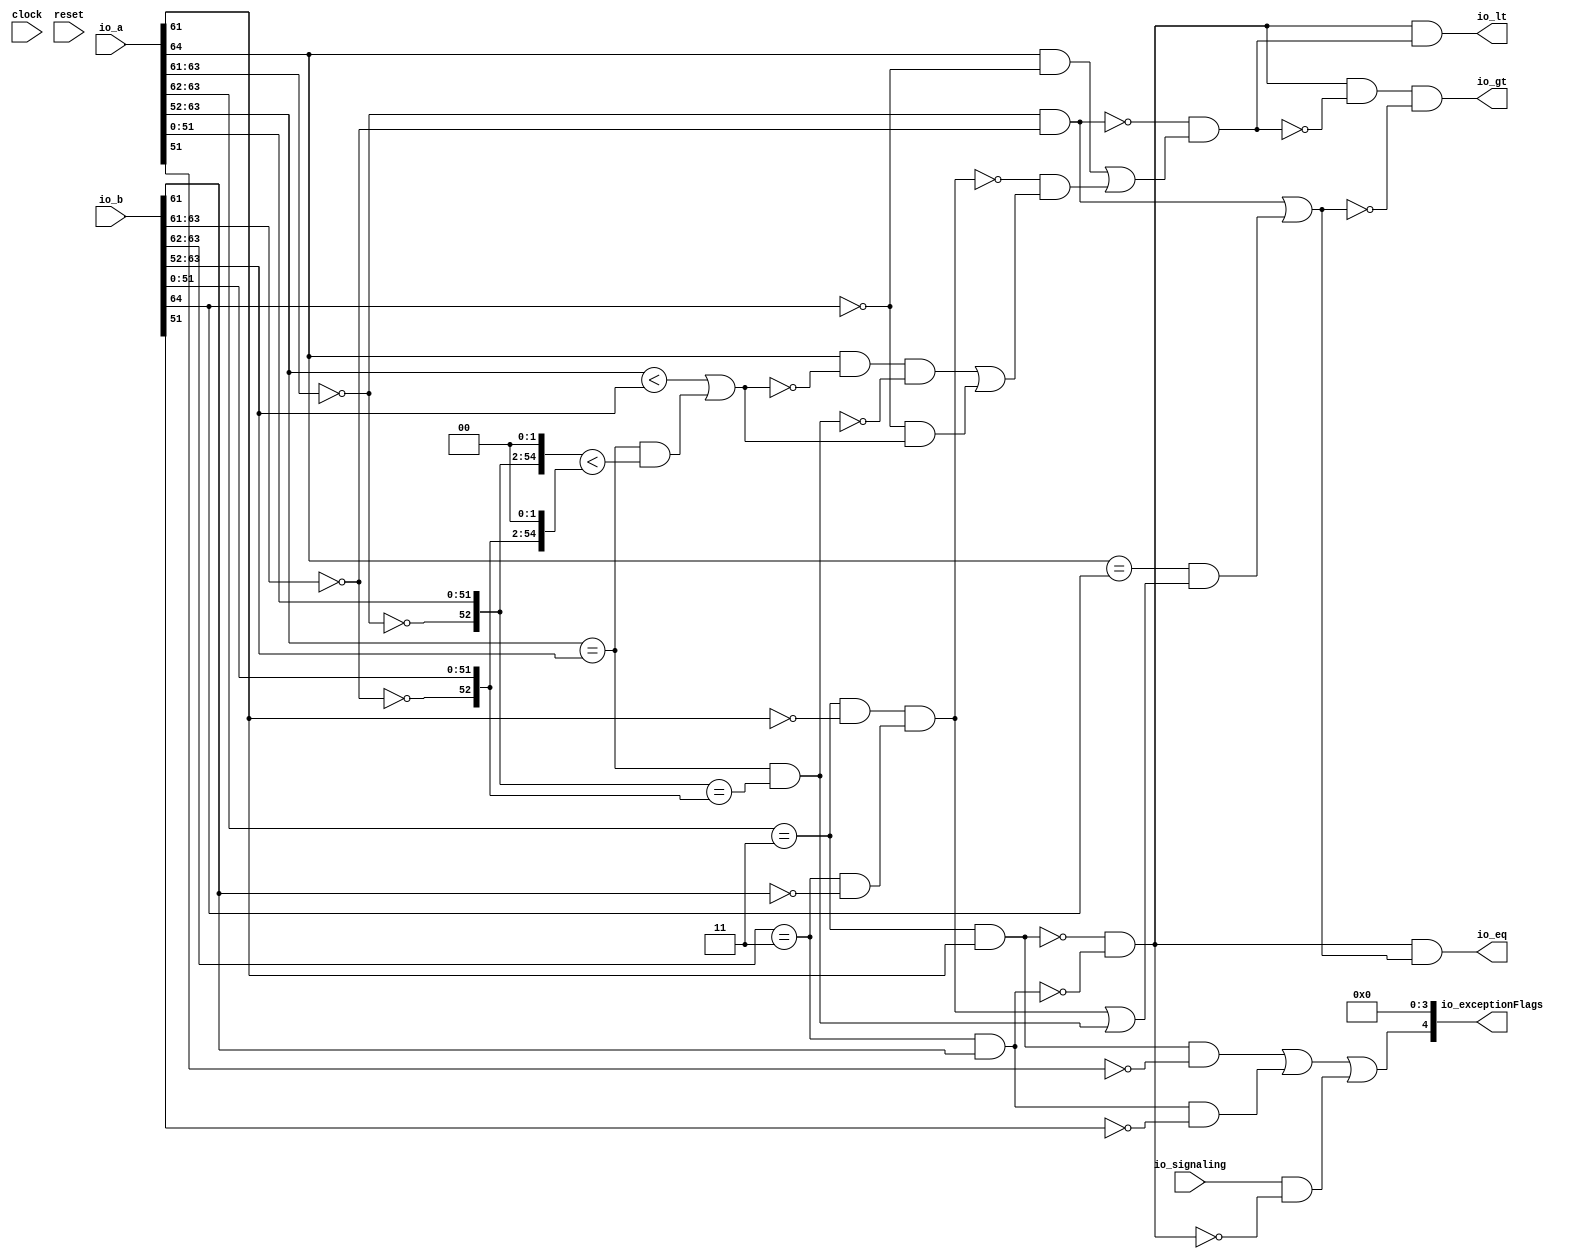
module CompareRecFN(
  input   clock,
  input   reset,
  input  [64:0] io_a,
  input  [64:0] io_b,
  input   io_signaling,
  output  io_lt,
  output  io_eq,
  output  io_gt,
  output [4:0] io_exceptionFlags
);
  wire [11:0] _T_16;
  wire [2:0] _T_17;
  wire  _T_19;
  wire [1:0] _T_20;
  wire  _T_22;
  wire  rawA_sign;
  wire  rawA_isNaN;
  wire  rawA_isInf;
  wire  rawA_isZero;
  wire [12:0] rawA_sExp;
  wire [55:0] rawA_sig;
  wire  _T_36;
  wire  _T_37;
  wire  _T_38;
  wire  _T_41;
  wire  _T_42;
  wire [12:0] _T_43;
  wire  _T_46;
  wire [51:0] _T_47;
  wire [53:0] _T_49;
  wire [1:0] _T_50;
  wire [55:0] _T_51;
  wire [11:0] _T_52;
  wire [2:0] _T_53;
  wire  _T_55;
  wire [1:0] _T_56;
  wire  _T_58;
  wire  rawB_sign;
  wire  rawB_isNaN;
  wire  rawB_isInf;
  wire  rawB_isZero;
  wire [12:0] rawB_sExp;
  wire [55:0] rawB_sig;
  wire  _T_72;
  wire  _T_73;
  wire  _T_74;
  wire  _T_77;
  wire  _T_78;
  wire [12:0] _T_79;
  wire  _T_82;
  wire [51:0] _T_83;
  wire [53:0] _T_85;
  wire [1:0] _T_86;
  wire [55:0] _T_87;
  wire  _T_89;
  wire  _T_91;
  wire  ordered;
  wire  bothInfs;
  wire  bothZeros;
  wire  eqExps;
  wire  _T_92;
  wire  _T_93;
  wire  _T_94;
  wire  common_ltMags;
  wire  _T_95;
  wire  common_eqMags;
  wire  _T_97;
  wire  _T_99;
  wire  _T_100;
  wire  _T_102;
  wire  _T_104;
  wire  _T_105;
  wire  _T_107;
  wire  _T_108;
  wire  _T_111;
  wire  _T_112;
  wire  _T_113;
  wire  _T_114;
  wire  ordered_lt;
  wire  _T_115;
  wire  _T_116;
  wire  _T_117;
  wire  ordered_eq;
  wire  _T_118;
  wire  _T_120;
  wire  _T_121;
  wire  _T_122;
  wire  _T_124;
  wire  _T_125;
  wire  _T_126;
  wire  _T_128;
  wire  _T_129;
  wire  invalid;
  wire  _T_130;
  wire  _T_131;
  wire  _T_133;
  wire  _T_134;
  wire  _T_136;
  wire  _T_137;
  wire [4:0] _T_139;
  assign io_lt = _T_130;
  assign io_eq = _T_131;
  assign io_gt = _T_137;
  assign io_exceptionFlags = _T_139;
  assign _T_16 = io_a[63:52];
  assign _T_17 = _T_16[11:9];
  assign _T_19 = _T_17 == 3'h0;
  assign _T_20 = _T_16[11:10];
  assign _T_22 = _T_20 == 2'h3;
  assign rawA_sign = _T_36;
  assign rawA_isNaN = _T_38;
  assign rawA_isInf = _T_42;
  assign rawA_isZero = _T_19;
  assign rawA_sExp = _T_43;
  assign rawA_sig = _T_51;
  assign _T_36 = io_a[64];
  assign _T_37 = _T_16[9];
  assign _T_38 = _T_22 & _T_37;
  assign _T_41 = _T_37 == 1'h0;
  assign _T_42 = _T_22 & _T_41;
  assign _T_43 = {1'b0,$signed(_T_16)};
  assign _T_46 = _T_19 == 1'h0;
  assign _T_47 = io_a[51:0];
  assign _T_49 = {_T_47,2'h0};
  assign _T_50 = {1'h0,_T_46};
  assign _T_51 = {_T_50,_T_49};
  assign _T_52 = io_b[63:52];
  assign _T_53 = _T_52[11:9];
  assign _T_55 = _T_53 == 3'h0;
  assign _T_56 = _T_52[11:10];
  assign _T_58 = _T_56 == 2'h3;
  assign rawB_sign = _T_72;
  assign rawB_isNaN = _T_74;
  assign rawB_isInf = _T_78;
  assign rawB_isZero = _T_55;
  assign rawB_sExp = _T_79;
  assign rawB_sig = _T_87;
  assign _T_72 = io_b[64];
  assign _T_73 = _T_52[9];
  assign _T_74 = _T_58 & _T_73;
  assign _T_77 = _T_73 == 1'h0;
  assign _T_78 = _T_58 & _T_77;
  assign _T_79 = {1'b0,$signed(_T_52)};
  assign _T_82 = _T_55 == 1'h0;
  assign _T_83 = io_b[51:0];
  assign _T_85 = {_T_83,2'h0};
  assign _T_86 = {1'h0,_T_82};
  assign _T_87 = {_T_86,_T_85};
  assign _T_89 = rawA_isNaN == 1'h0;
  assign _T_91 = rawB_isNaN == 1'h0;
  assign ordered = _T_89 & _T_91;
  assign bothInfs = rawA_isInf & rawB_isInf;
  assign bothZeros = rawA_isZero & rawB_isZero;
  assign eqExps = $signed(rawA_sExp) == $signed(rawB_sExp);
  assign _T_92 = $signed(rawA_sExp) < $signed(rawB_sExp);
  assign _T_93 = rawA_sig < rawB_sig;
  assign _T_94 = eqExps & _T_93;
  assign common_ltMags = _T_92 | _T_94;
  assign _T_95 = rawA_sig == rawB_sig;
  assign common_eqMags = eqExps & _T_95;
  assign _T_97 = bothZeros == 1'h0;
  assign _T_99 = rawB_sign == 1'h0;
  assign _T_100 = rawA_sign & _T_99;
  assign _T_102 = bothInfs == 1'h0;
  assign _T_104 = common_ltMags == 1'h0;
  assign _T_105 = rawA_sign & _T_104;
  assign _T_107 = common_eqMags == 1'h0;
  assign _T_108 = _T_105 & _T_107;
  assign _T_111 = _T_99 & common_ltMags;
  assign _T_112 = _T_108 | _T_111;
  assign _T_113 = _T_102 & _T_112;
  assign _T_114 = _T_100 | _T_113;
  assign ordered_lt = _T_97 & _T_114;
  assign _T_115 = rawA_sign == rawB_sign;
  assign _T_116 = bothInfs | common_eqMags;
  assign _T_117 = _T_115 & _T_116;
  assign ordered_eq = bothZeros | _T_117;
  assign _T_118 = rawA_sig[53];
  assign _T_120 = _T_118 == 1'h0;
  assign _T_121 = rawA_isNaN & _T_120;
  assign _T_122 = rawB_sig[53];
  assign _T_124 = _T_122 == 1'h0;
  assign _T_125 = rawB_isNaN & _T_124;
  assign _T_126 = _T_121 | _T_125;
  assign _T_128 = ordered == 1'h0;
  assign _T_129 = io_signaling & _T_128;
  assign invalid = _T_126 | _T_129;
  assign _T_130 = ordered & ordered_lt;
  assign _T_131 = ordered & ordered_eq;
  assign _T_133 = ordered_lt == 1'h0;
  assign _T_134 = ordered & _T_133;
  assign _T_136 = ordered_eq == 1'h0;
  assign _T_137 = _T_134 & _T_136;
  assign _T_139 = {invalid,4'h0};
endmodule